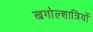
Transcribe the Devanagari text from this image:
खगोल्शात्रियों